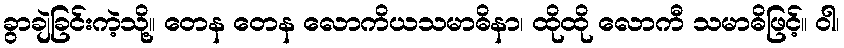
ခွာချဲခြင်းကဲ့သို့။ တေန တေန လောကိယသမာဓိနာ၊ ထိုထို လောကီ သမာဓိဖြင့်။ ဝါ၊